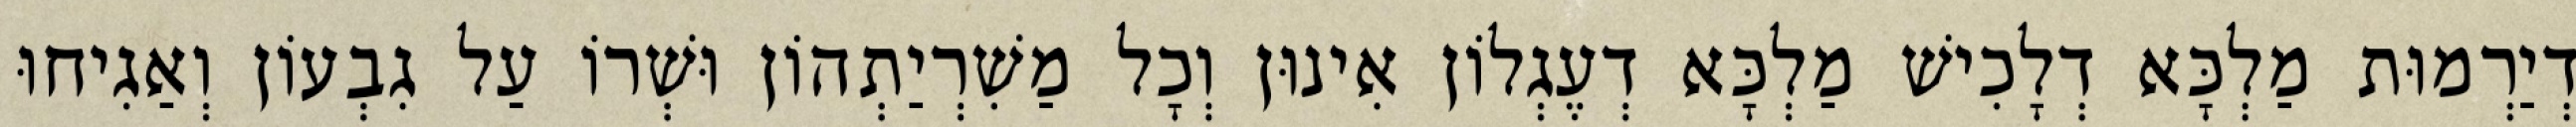
דְיַרְמוּת מַלְכָּא דְלָכִישׁ מַלְכָּא דְעֶגְלוֹן אִינוּן וְכָל מַשִׁרְיַתְהוֹן וּשְׁרוֹ עַל גִבְעוֹן וְאַגִיחוּ